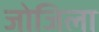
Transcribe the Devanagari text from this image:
जोजिला